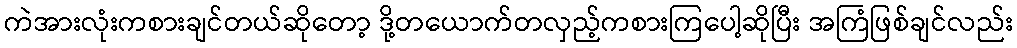
ကဲအားလုံးကစားချင်တယ်ဆိုတော့ ဒို့တယောက်တလှည့်ကစားကြပေါ့ဆိုပြီး အကြံဖြစ်ချင်လည်း